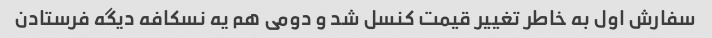
سفارش اول به خاطر تغییر قیمت کنسل شد و دومی هم یه نسکافه دیگه فرستادن